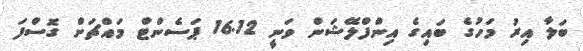
ބަލާ އިރު މަހުގެ ބައިގެ އިންފްލޭޝަން ވަނީ 16.12 ޕަސެންޓް މައްޗަށް ގޮސްފަ